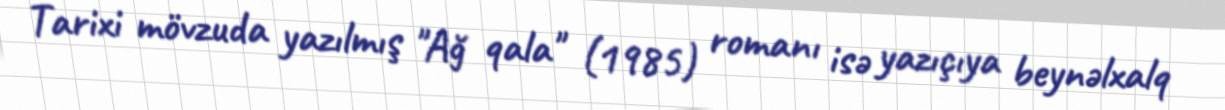
Tarixi mövzuda yazılmış "Ağ qala" (1985) romanı isə yazıçıya beynəlxalq